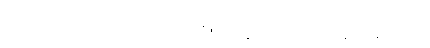
သံဃဘေဒံ၊ သံဃဘေဒကကံကို။ ကတွာ၊ ပြု၍။ ကပ္ပဝိနာသေယေဝ၊